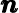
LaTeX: \pmb{n}